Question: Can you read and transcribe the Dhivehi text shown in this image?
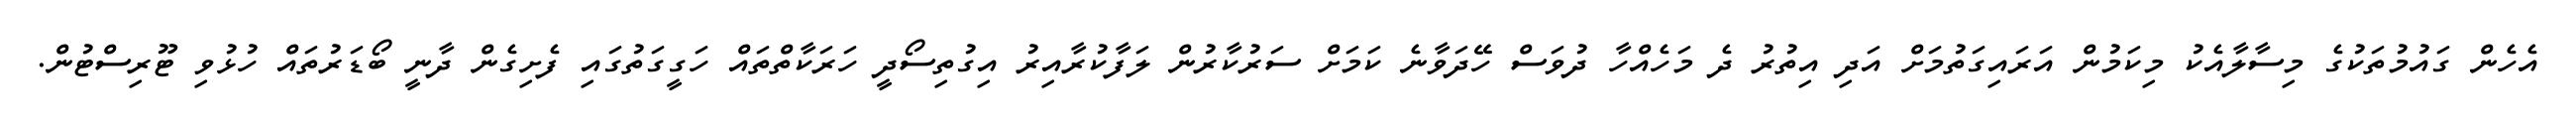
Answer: އެހެން ގައުމުތަކުގެ މިސާލާއެކު މިކަމުން އަރައިގަތުމަށް އަދި އިތުރު ދެ މަހެއްހާ ދުވަސް ހޭދަވާނެ ކަމަށް ސަރުކާރުން ލަފާކުރާއިރު އިގުތިސޯދީ ހަރަކާތްތައް ހަގީގަތުގައި ފެށިގެން ދާނީ ބޯޑަރުތައް ހުޅުވި ޓޫރިސްޓުން.